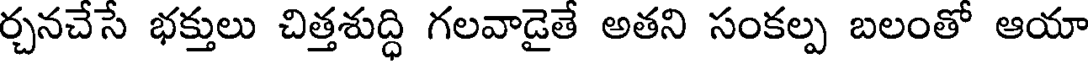
ర్చనచేసే భక్తులు చిత్తశుద్ధి గలవాడైతే అతని సంకల్ప బలంతో ఆయా